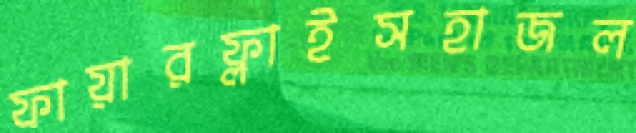
ফায়ারফ্লাইসহাজল